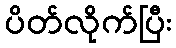
ပိတ်လိုက်ပြီး